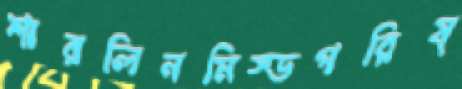
শারলিনমিস্ডগরিষ্